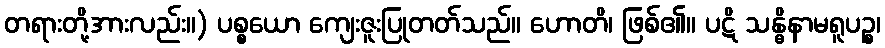
တရားတို့အားလည်း။) ပစ္စယော ကျေးဇူးပြုတတ်သည်။ ဟောတိ၊ ဖြစ်၏။ ပဋိ သန္ဓိနာမရူပဉ္စ၊